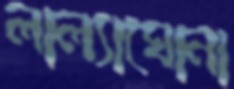
লাল্যাঘোনা